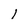
Character: 1